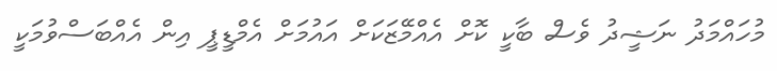
މުހައްމަދު ނަޝީދު ވެސް ބާކީ ކޮށް އެއްމޭޒަކަށް އައުމަށް އެމްޑީޕީ އިން އެއްބަސްވުމަކީ